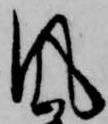
風